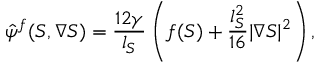
\hat { \psi } ^ { f } ( S , \nabla { S } ) = \frac { 1 2 \gamma } { l _ { S } } \left( f ( S ) + \frac { l _ { S } ^ { 2 } } { 1 6 } \lvert \nabla { S } \rvert ^ { 2 } \right) ,